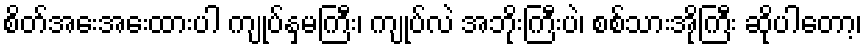
စိတ်အေးအေးထားပါ ကျုပ်နှမကြီး၊ ကျုပ်လဲ အဘိုးကြီးပဲ၊ စစ်သားအိုကြီး ဆိုပါတော့၊